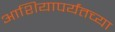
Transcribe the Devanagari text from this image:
आशियापर्यंतच्या